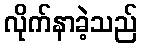
လိုက်နာခဲ့သည်